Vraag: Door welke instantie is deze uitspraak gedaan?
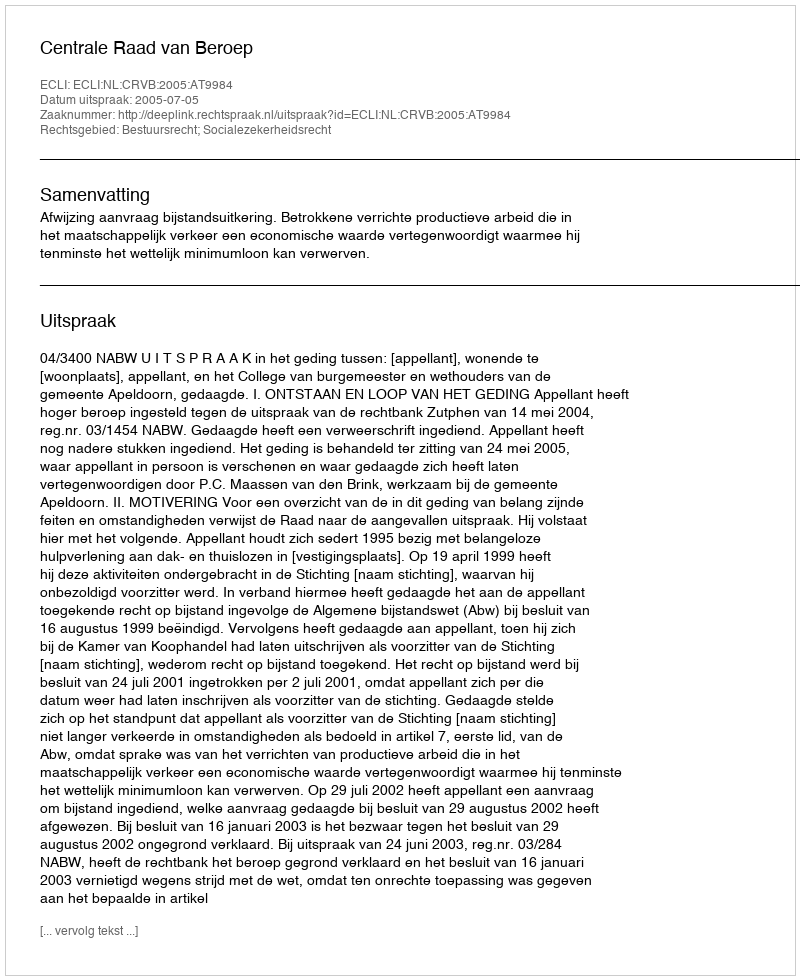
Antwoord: Centrale Raad van Beroep